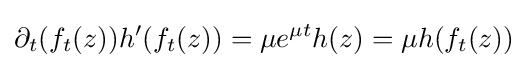
\partial _{t}(f_{t}(z))h^{\prime }(f_{t}(z))=\mu e^{\mu t}h(z)=\mu h(f_{t}(z))